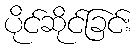
ပိုင်ဆိုင်ခြင်း